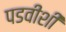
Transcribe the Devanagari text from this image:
पडवीशी